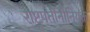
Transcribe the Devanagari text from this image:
राष्ट्रपतींनीनियुक्त